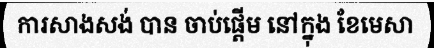
ការសាងសង់ បាន ចាប់ផ្តើម នៅក្នុង ខែមេសា